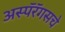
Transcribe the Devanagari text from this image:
अस्पॅरॅगसचे